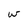
Character: w